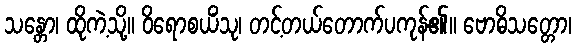
သန္တော၊ ထိုကဲ့သို့။ ဝိရောစယိံသု၊ တင့်တယ်တောက်ပကုန်၏။ ဗောဓိသတ္တော၊